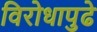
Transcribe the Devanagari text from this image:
विरोधापुढे